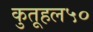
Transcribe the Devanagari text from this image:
कुतूहल५०